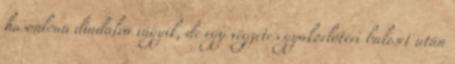
hasonlóan diadalra vágyik, de egy végzetes gyakorlótéri baleset után